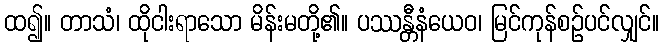
ထ၍။ တာသံ၊ ထိုငါးရာသော မိန်းမတို့၏။ ပဿန္တီနံယေဝ၊ မြင်ကုန်စဉ်ပင်လျှင်။